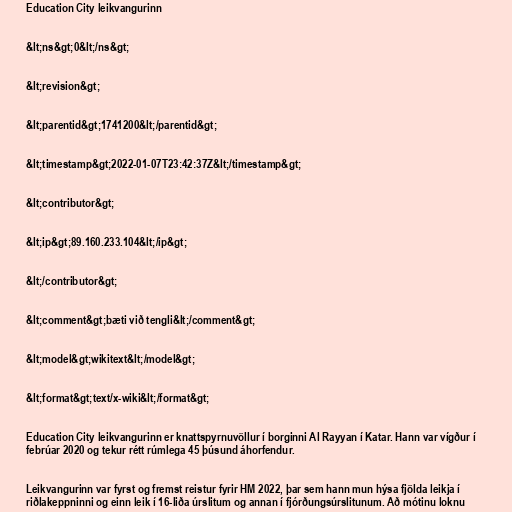
Education City leikvangurinn

&lt;ns&gt;0&lt;/ns&gt;

&lt;revision&gt;

&lt;parentid&gt;1741200&lt;/parentid&gt;

&lt;timestamp&gt;2022-01-07T23:42:37Z&lt;/timestamp&gt;

&lt;contributor&gt;

&lt;ip&gt;89.160.233.104&lt;/ip&gt;

&lt;/contributor&gt;

&lt;comment&gt;bæti við tengli&lt;/comment&gt;

&lt;model&gt;wikitext&lt;/model&gt;

&lt;format&gt;text/x-wiki&lt;/format&gt;

Education City leikvangurinn er knattspyrnuvöllur í borginni Al Rayyan í Katar. Hann var vígður í
febrúar 2020 og tekur rétt rúmlega 45 þúsund áhorfendur.

Leikvangurinn var fyrst og fremst reistur fyrir HM 2022, þar sem hann mun hýsa fjölda leikja í
riðlakeppninni og einn leik í 16-liða úrslitum og annan í fjórðungsúrslitunum. Að mótinu loknu